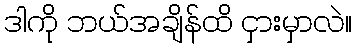
ဒါကို ဘယ်အချိန်ထိ ငှားမှာလဲ။